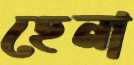
হেনা